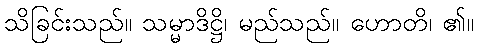
သိခြင်းသည်။ သမ္မာဒိဋ္ဌိ၊ မည်သည်။ ဟောတိ၊ ၏။